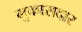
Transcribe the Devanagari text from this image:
मुकासदार